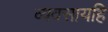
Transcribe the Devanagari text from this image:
व्यवसायहि